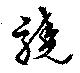
驍